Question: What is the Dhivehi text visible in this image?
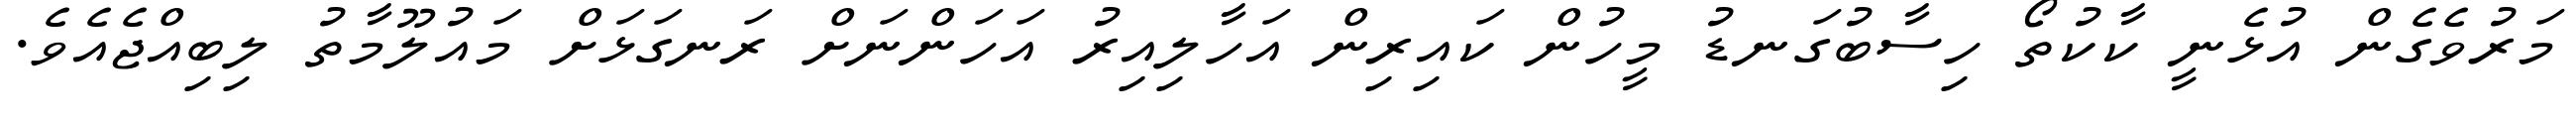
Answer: މަރުވެގެން އުޅެނީ ކާކުތޯ ހިސާބުގަނޑު މީހުން ކައިރިން އަހާލިއިރު އަހަންނަށް ރަނގަޅަށް މައުލޫމާތު ލިބިއްޖެއެވެ.